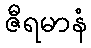
ဇီရမာနံ